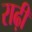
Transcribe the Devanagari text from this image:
राढ़ी